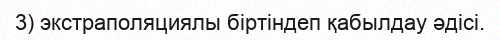
3) экстраполяциялы біртіндеп қабылдау әдісі.